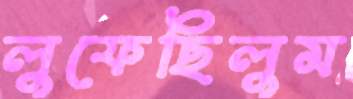
লুফেছিলুম